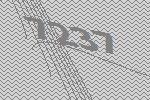
7237